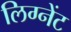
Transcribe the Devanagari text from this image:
लिग्नेंट